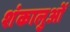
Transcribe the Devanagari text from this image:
शंकालुओं